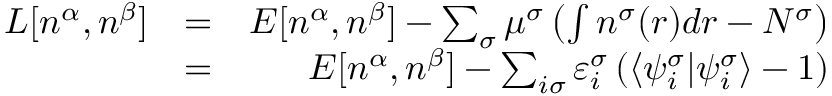
\begin{array} { r l r } { L [ n ^ { \alpha } , n ^ { \beta } ] } & { = } & { E [ n ^ { \alpha } , n ^ { \beta } ] - \sum _ { \sigma } \mu ^ { \sigma } \left( \int n ^ { \sigma } ( \boldsymbol { r } ) d \boldsymbol { r } - N ^ { \sigma } \right) } \\ & { = } & { E [ n ^ { \alpha } , n ^ { \beta } ] - \sum _ { i \sigma } \varepsilon _ { i } ^ { \sigma } \left( \langle \psi _ { i } ^ { \sigma } | \psi _ { i } ^ { \sigma } \rangle - 1 \right) } \end{array}